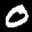
Label: 0